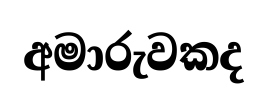
අමාරුවකද